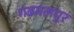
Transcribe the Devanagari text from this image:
गढमलपुर